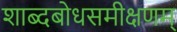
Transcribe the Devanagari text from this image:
शाब्दबोधसमीक्षणम्